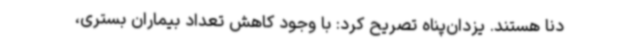
دنا هستند. یزدان‌پناه تصریح کرد: با وجود کاهش تعداد بیماران بستری،